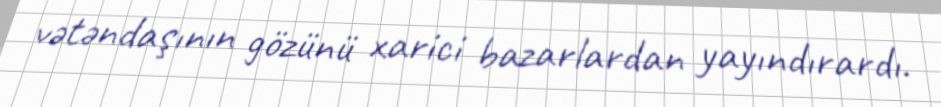
vətəndaşının gözünü xarici bazarlardan yayındırardı.